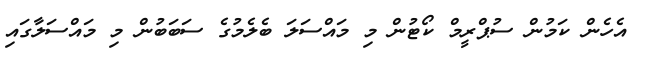
އެހެން ކަމުން ސުޕްރީމް ކޯޓުން މި މައްސަލަ ބެލެމުގެ ސަބަބުން މި މައްސަލާގައި